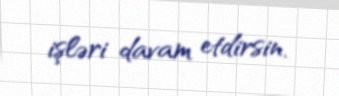
işləri davam etdirsin.